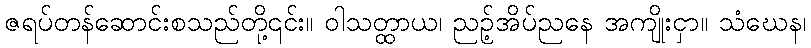
ဇရပ်တန်ဆောင်းစသည်တို့၎င်း။ ဝါသတ္ထာယ၊ ညဉ့်အိပ်ညနေ အကျိုးငှာ။ သံဃေန၊